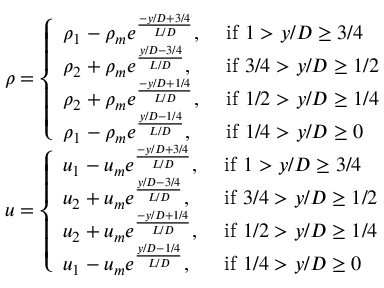
\begin{array} { r l } & { \rho = \left\{ \begin{array} { l l } { \rho _ { 1 } - \rho _ { m } e ^ { \frac { - y / D + 3 / 4 } { L / D } } , } & { \mathrm { ~ i f ~ } 1 > y / D \geq 3 / 4 } \\ { \rho _ { 2 } + \rho _ { m } e ^ { \frac { y / D - 3 / 4 } { L / D } } , } & { \mathrm { ~ i f ~ } 3 / 4 > y / D \geq 1 / 2 } \\ { \rho _ { 2 } + \rho _ { m } e ^ { \frac { - y / D + 1 / 4 } { L / D } } , } & { \mathrm { ~ i f ~ } 1 / 2 > y / D \geq 1 / 4 } \\ { \rho _ { 1 } - \rho _ { m } e ^ { \frac { y / D - 1 / 4 } { L / D } } , } & { \mathrm { ~ i f ~ } 1 / 4 > y / D \geq 0 } \end{array} \right. } \\ & { u = \left\{ \begin{array} { l l } { u _ { 1 } - u _ { m } e ^ { \frac { - y / D + 3 / 4 } { L / D } } , } & { \mathrm { ~ i f ~ } 1 > y / D \geq 3 / 4 } \\ { u _ { 2 } + u _ { m } e ^ { \frac { y / D - 3 / 4 } { L / D } } , } & { \mathrm { ~ i f ~ } 3 / 4 > y / D \geq 1 / 2 } \\ { u _ { 2 } + u _ { m } e ^ { \frac { - y / D + 1 / 4 } { L / D } } , } & { \mathrm { ~ i f ~ } 1 / 2 > y / D \geq 1 / 4 } \\ { u _ { 1 } - u _ { m } e ^ { \frac { y / D - 1 / 4 } { L / D } } , } & { \mathrm { ~ i f ~ } 1 / 4 > y / D \geq 0 } \end{array} \right. } \end{array}